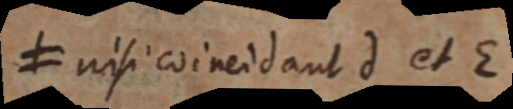
≠ nisi coincidant d et E